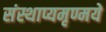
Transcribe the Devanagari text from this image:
संस्थाप्यमृण्मये